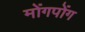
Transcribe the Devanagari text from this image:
मोंगपोंग